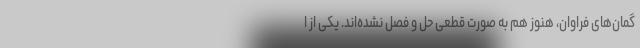
گمان‌های فراوان، هنوز هم به صورت قطعی حل و فصل نشده‌اند. یکی از ا